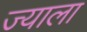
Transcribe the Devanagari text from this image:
ज्‍याला